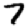
Digit: 7